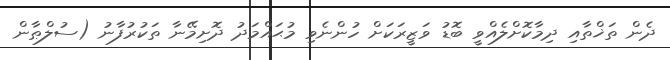
ދެން ތަޚްތާއި ދިމާކޮށްލެއްވީ ބޮޑު ވަޒީރަކަށް ހުންނެވި މުޙައްމަދު ދޮށިމޭނާ ތަކުރުފާނު (ސުލްޠާން